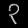
Digit: ၃